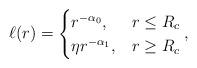
LaTeX: \begin{align*}\ell(r)&=\begin{cases}r^{-\alpha_0}, & r\le R_c\\\eta r^{-\alpha_1}, & r\ge R_c\end{cases},\end{align*}